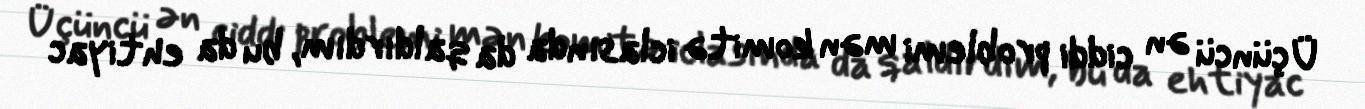
Üçüncü ən ciddi problemi mən komitə iclasında da qaldırdım, bu da ehtiyac